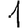
Digit: 1